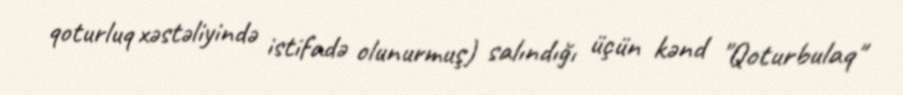
qoturluq xəstəliyində istifadə olunurmuş) salındığı üçün kənd "Qoturbulaq"